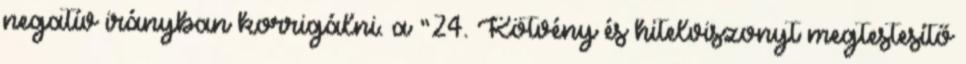
negatív irányban korrigálni. a “24. Kötvény és hitelviszonyt megtestesítő